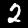
Digit: 2